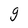
Character: g